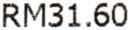
RM31.60